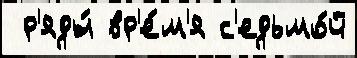
 р'яды́ вр'е́м'я с'едьмо́й